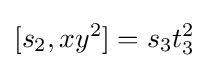
[s_{2},xy^{2}]=s_{3}t_{3}^{2}